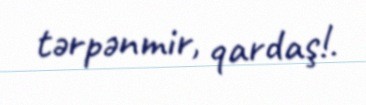
tərpənmir, qardaş!.